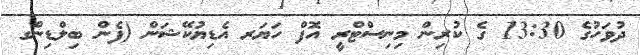
ދުވަހުގެ 13:30 ގެ ކުރިން މިނިސްޓްރީ އޮފް ހަޔަރ އެޑިޔުކޭޝަން (ފެން ބިލްޑިންގ